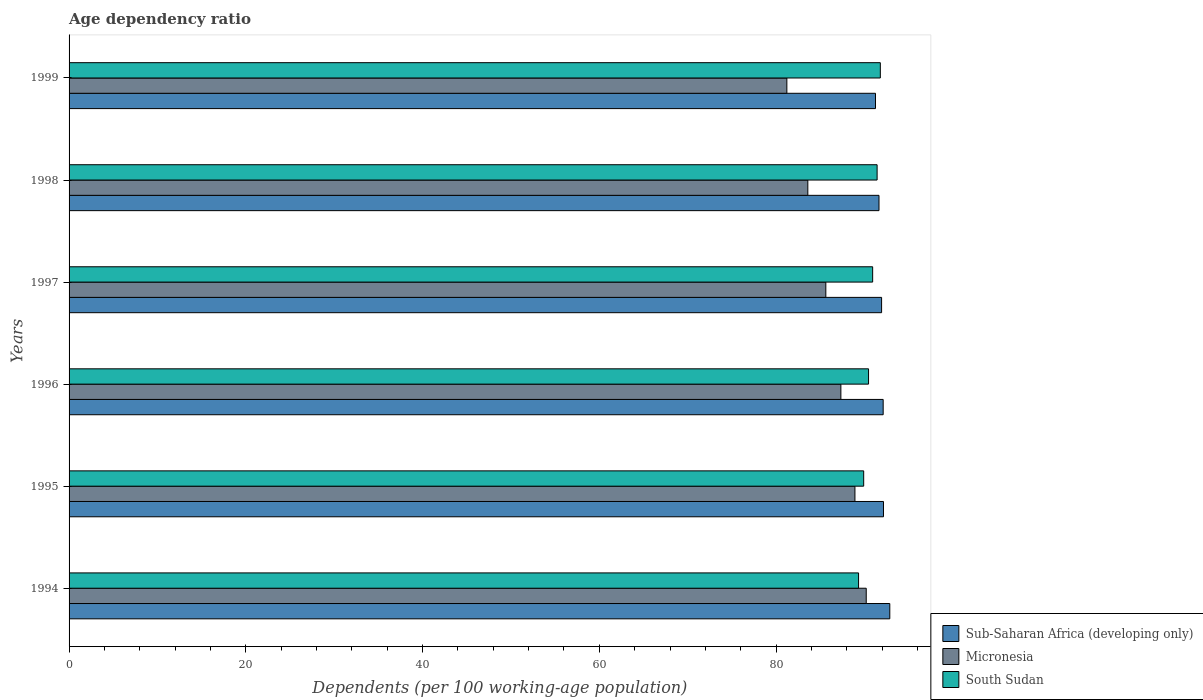
| Years | Sub-Saharan Africa (developing only) | Micronesia | South Sudan |
 | --- | --- | --- | --- |
 | 1994 | 92.9 | 90.2 | 89.3 |
 | 1995 | 92.2 | 88.9 | 89.9 |
 | 1996 | 92.1 | 87.3 | 90.5 |
 | 1997 | 91.9 | 85.6 | 90.9 |
 | 1998 | 91.6 | 83.6 | 91.4 |
 | 1999 | 91.2 | 81.2 | 91.8 |